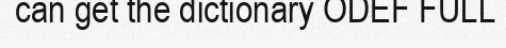
can get the dictionary ODEF FULL